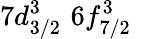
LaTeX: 7d_{3/2}^{3}\, \, 6f_{7/2}^{3}\, \,